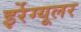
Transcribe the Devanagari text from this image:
इर्रेग्यूलर